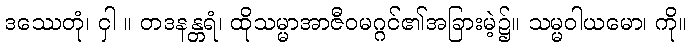
ဒဿေတုံ၊ ငှါ ။ တဒနန္တရံ၊ ထိုသမ္မာအာဇီဝမဂ္ဂင်၏အခြားမဲ့၌။ သမ္မဝါယမော၊ ကို။